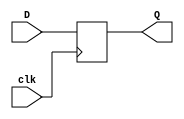
`timescale 1ns/100ps
module flip_flop(input D,input clk,output reg Q);
    always @(posedge clk) 
        #15 Q <= D;
endmodule
//precio 1.45$
//https://www.microjpm.com/products/mc74hc273/